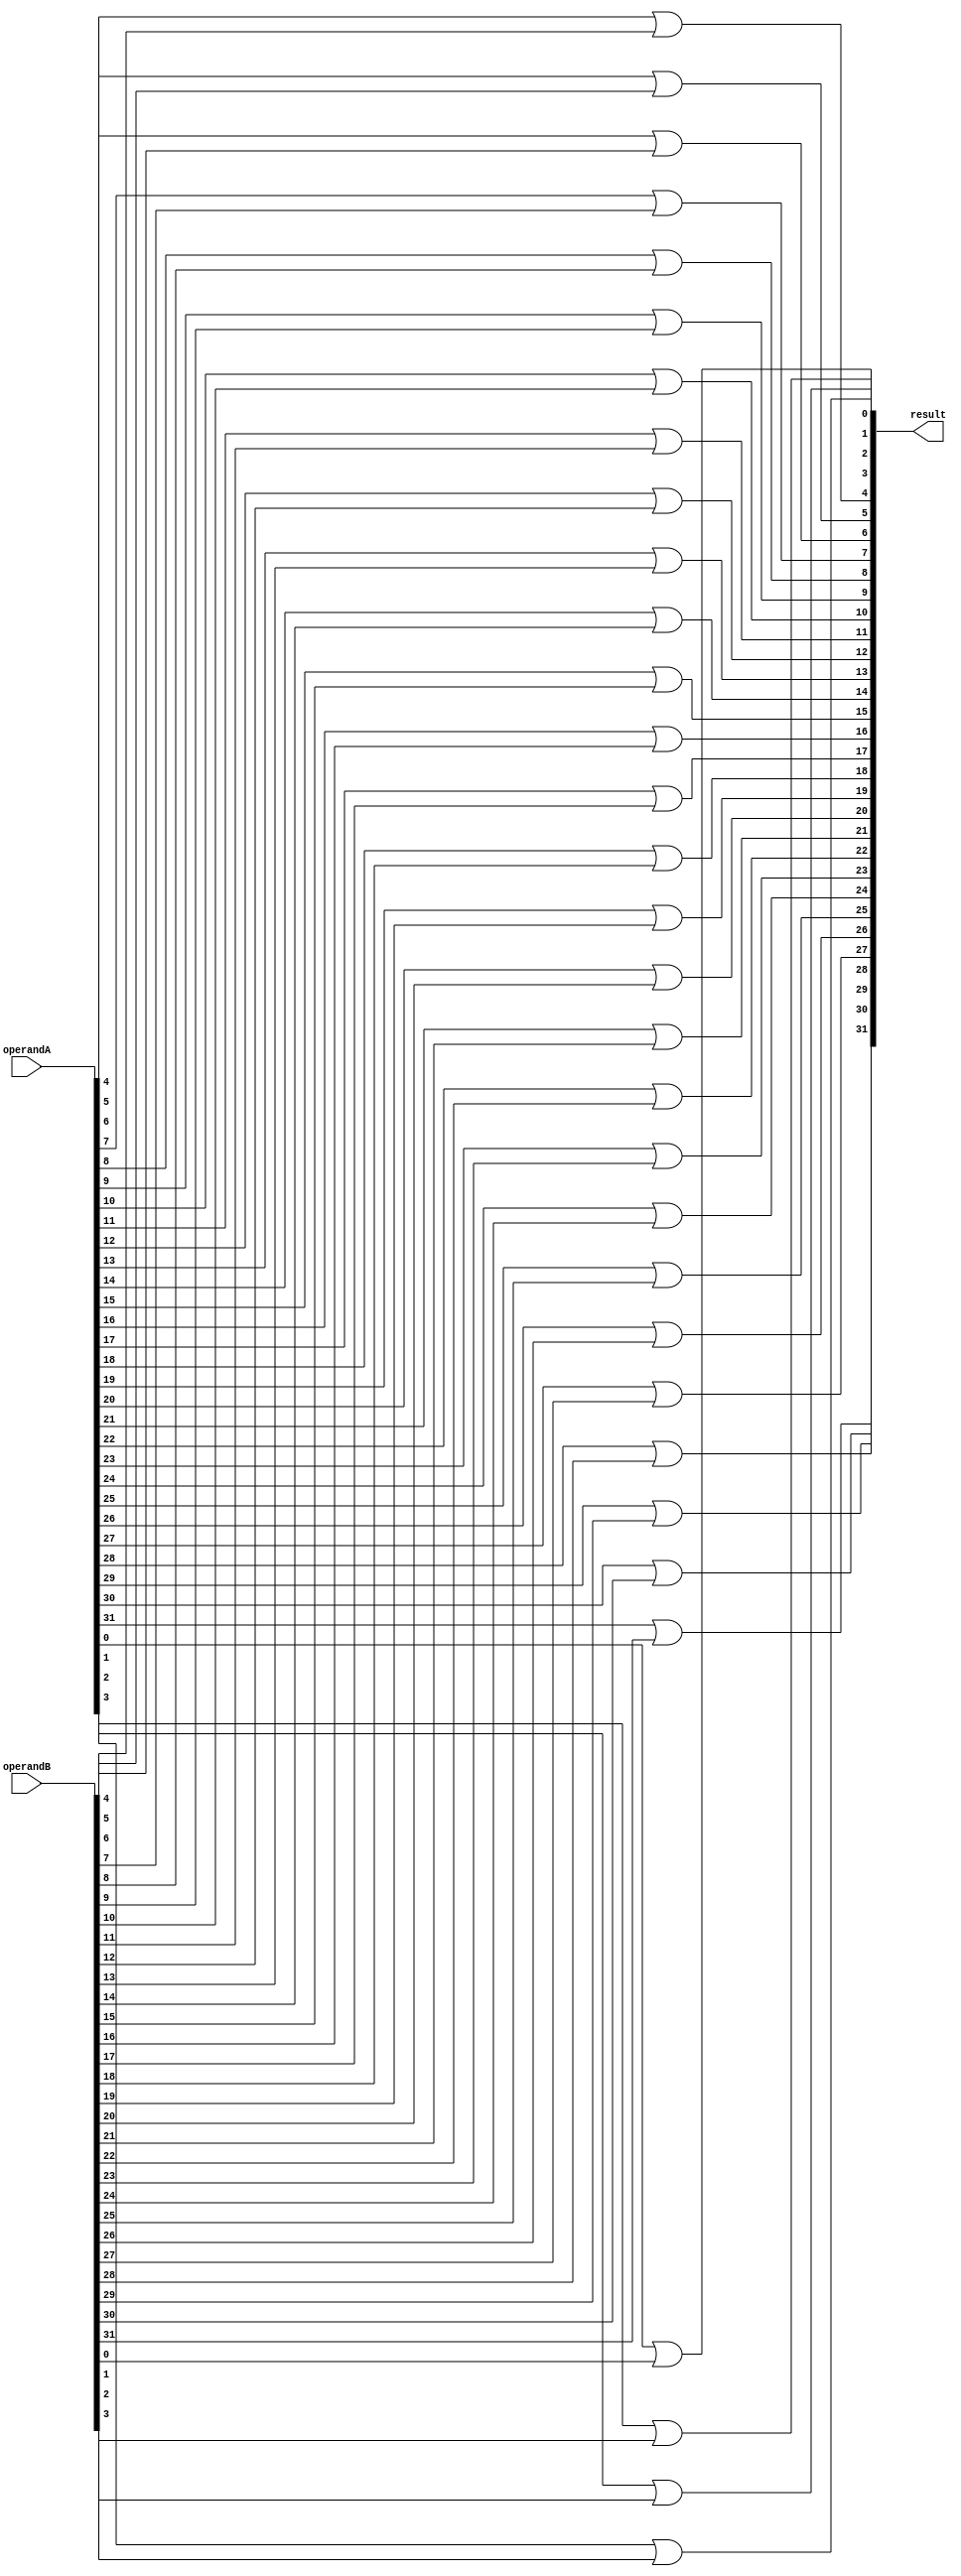
module or_bit(result, operandA, operandB);

    input [31:0] operandA, operandB;
    output [31:0] result;

    or OR0(result[0], operandA[0], operandB[0]);
    or OR1(result[1], operandA[1], operandB[1]);
    or OR2(result[2], operandA[2], operandB[2]);
    or OR3(result[3], operandA[3], operandB[3]);
    or OR4(result[4], operandA[4], operandB[4]);
    or OR5(result[5], operandA[5], operandB[5]);
    or OR6(result[6], operandA[6], operandB[6]);
    or OR7(result[7], operandA[7], operandB[7]);
    or OR8(result[8], operandA[8], operandB[8]);
    or OR9(result[9], operandA[9], operandB[9]);
    or OR10(result[10], operandA[10], operandB[10]);
    or OR11(result[11], operandA[11], operandB[11]);
    or OR12(result[12], operandA[12], operandB[12]);
    or OR13(result[13], operandA[13], operandB[13]);
    or OR14(result[14], operandA[14], operandB[14]);
    or OR15(result[15], operandA[15], operandB[15]);
    or OR16(result[16], operandA[16], operandB[16]);
    or OR17(result[17], operandA[17], operandB[17]);
    or OR18(result[18], operandA[18], operandB[18]);
    or OR19(result[19], operandA[19], operandB[19]);
    or OR20(result[20], operandA[20], operandB[20]);
    or OR21(result[21], operandA[21], operandB[21]);
    or OR22(result[22], operandA[22], operandB[22]);
    or OR23(result[23], operandA[23], operandB[23]);
    or OR24(result[24], operandA[24], operandB[24]);
    or OR25(result[25], operandA[25], operandB[25]);
    or OR26(result[26], operandA[26], operandB[26]);
    or OR27(result[27], operandA[27], operandB[27]);
    or OR28(result[28], operandA[28], operandB[28]);
    or OR29(result[29], operandA[29], operandB[29]);
    or OR30(result[30], operandA[30], operandB[30]);
    or OR31(result[31], operandA[31], operandB[31]);

endmodule